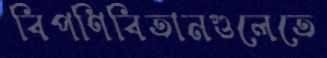
বিপণিবিতানগুলেতে